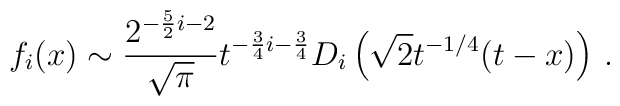
f_i(x) \sim {2^{-{5\over 2}i-2}\over\sqrt\pi} t^{-{3\over 4}i - {3\over 4}}D_i\left(\sqrt{2} t^{-1/4}(t-x)\right) \, .